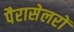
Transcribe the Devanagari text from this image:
पैरासेलरों